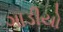
ગાડીયો